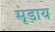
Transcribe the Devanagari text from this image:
मृडाय